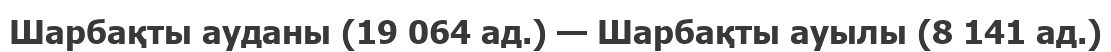
Шарбақты ауданы (19 064 ад.) — Шарбақты ауылы (8 141 ад.)